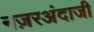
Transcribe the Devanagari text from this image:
नज़रअंदाजी